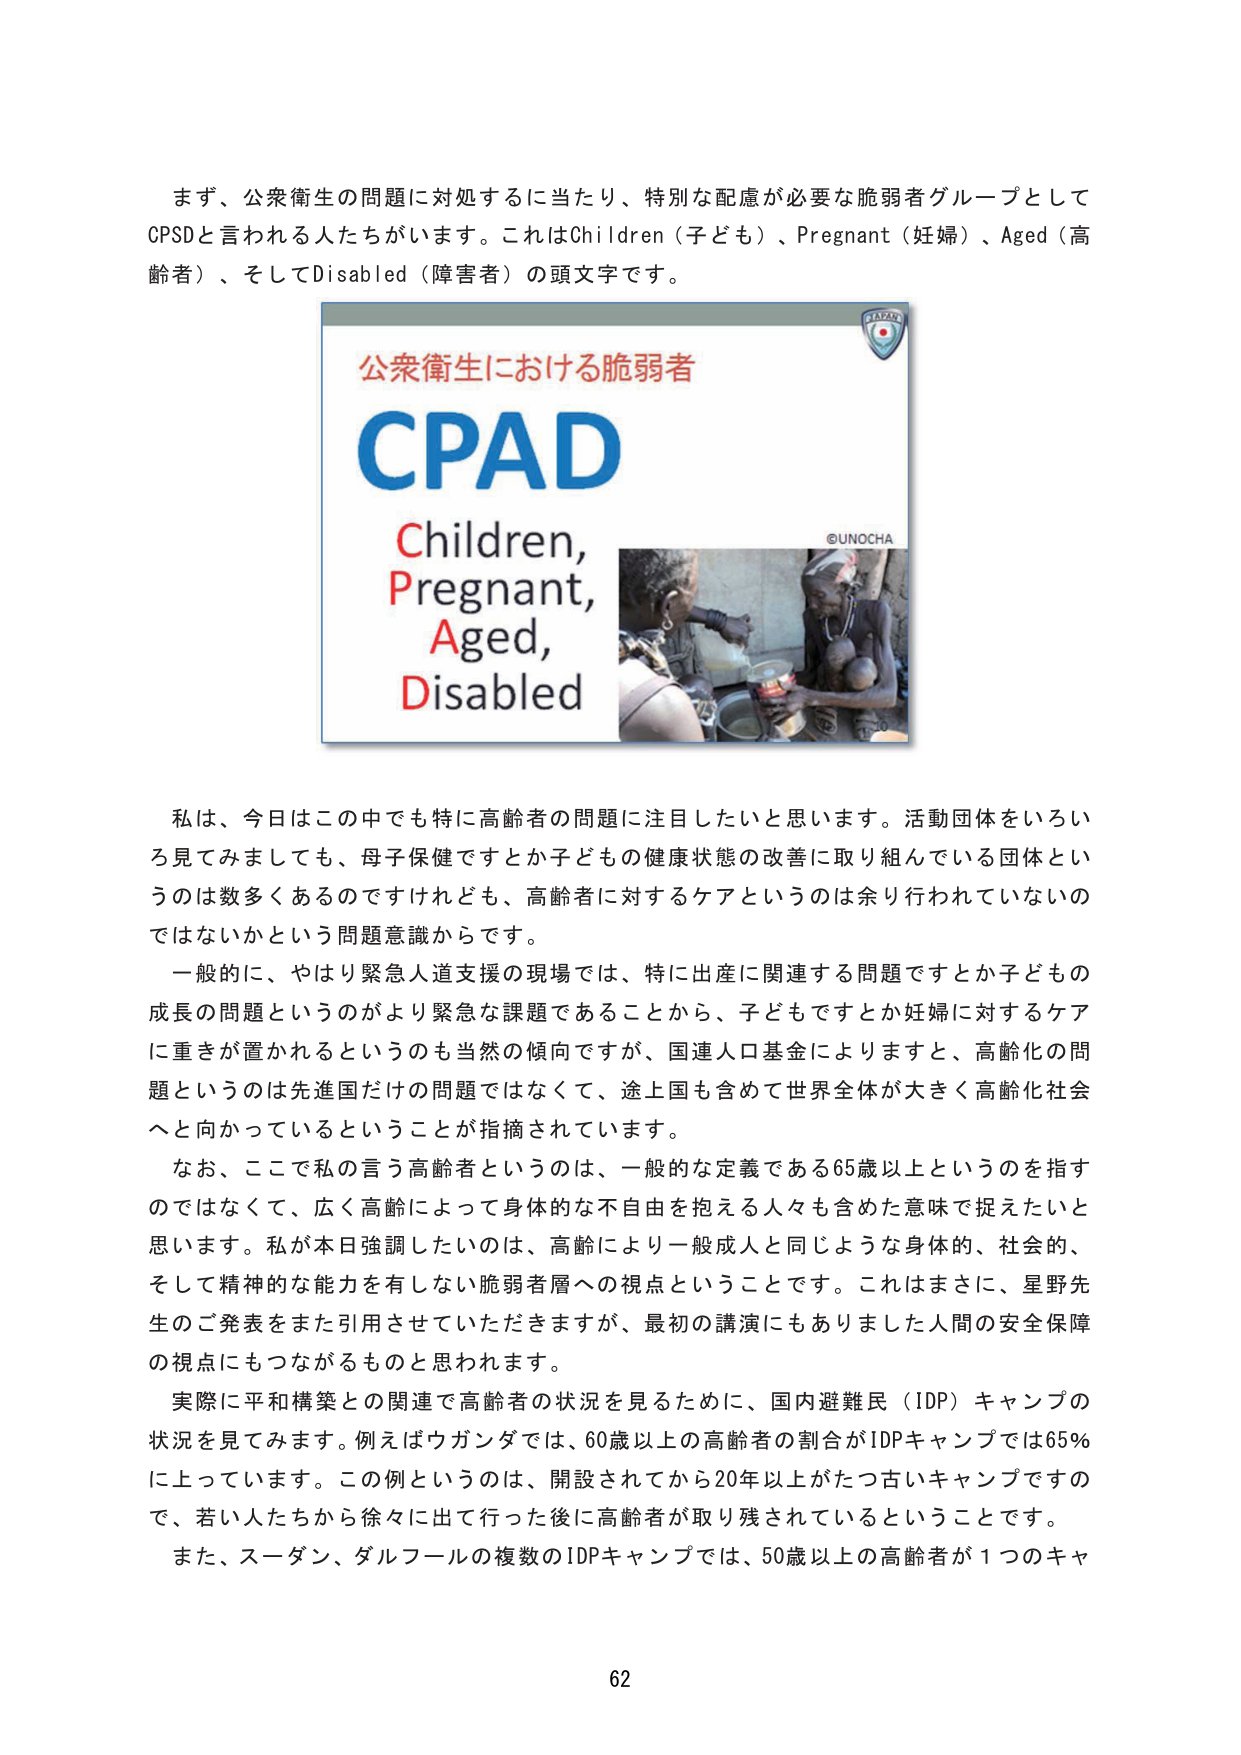
まず、公衆衛生の問題に対処するに当たり、特別な配慮が必要な脆弱者グループとしてCPSDと言われる人たちがいます。これはChildren（子ども）、Pregnant（妊婦）、Aged（高齢者）、そしてDisabled（障害者）の頭文字です。

公衆衛生における脆弱者
CPAD
Children,
Pregnant,
Aged,
Disabled
©UNOCHA

私は、今日はこの中でも特に高齢者の問題に注目したいと思います。活動団体をいろいろ見てみましても、母子保健ですとか子どもの健康状態の改善に取り組んでいる団体というのは数多くあるのですけれども、高齢者に対するケアというのは余り行われていないのではないかという問題意識からです。

一般的に、やはり緊急人道支援の現場では、特に出産に関連する問題ですとか子どもの成長の問題というのがより緊急な課題であることから、子どもですとか妊婦に対するケアに重きが置かれるというのも当然の傾向ですが、国連人口基金によりますと、高齢化の問題というのは先進国だけの問題ではなくて、途上国も含めて世界全体が大きく高齢化社会へと向かっているということが指摘されています。

なお、ここで私の言う高齢者というのは、一般的な定義である65歳以上というのを指すのではなくて、広く高齢によって身体的な不自由を抱える人々も含めた意味で捉えたいと思います。私が本日強調したいのは、高齢により一般成人と同じような身体的、社会的、そして精神的な能力を有しない脆弱者層への視点ということです。これはまさに、星野先生のご発表をまた引用させていただきますが、最初の講演にもありました人間の安全保障の視点にもつながるものと思われます。

実際に平和構築との関連で高齢者の状況を見るために、国内避難民（IDP）キャンプの状況を見てみます。例えばウガンダでは、60歳以上の高齢者の割合がIDPキャンプでは65％に上っています。この例というのは、開設されてから20年以上がたつ古いキャンプですので、若い人たちから徐々に出て行った後に高齢者が取り残されているということです。

また、スーダン、ダルフールの複数のIDPキャンプでは、50歳以上の高齢者が1つのキャ

62